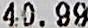
40.99